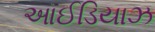
આઈડિયાઝ